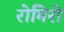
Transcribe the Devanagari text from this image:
रोमिरो